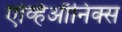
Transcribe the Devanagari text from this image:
एव्हिऑनिक्स